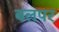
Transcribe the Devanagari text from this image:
बलपर